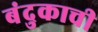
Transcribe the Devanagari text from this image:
बंदुकाची